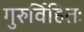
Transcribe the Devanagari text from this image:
गुरुर्विहितः